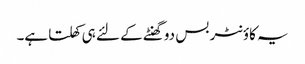
یہ کاؤنٹر بس دو گھنٹے کے لئے ہی کھلتا ہے۔